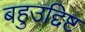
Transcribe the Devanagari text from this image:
बहुउद्दिष्ट